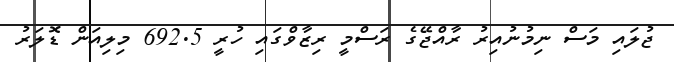
ޖުލައި މަސް ނިމުނުއިރު ރާއްޖޭގެ ރަސްމީ ރިޒާވްގައި ހުރީ 692.5 މިލިއަން ޑޮލަރު